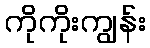
ကိုကိုးကျွန်း